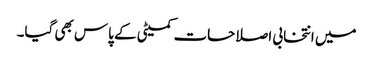
میں انتخابی اصلاحات کمیٹی کے پاس بھی گیا۔